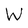
Character: W